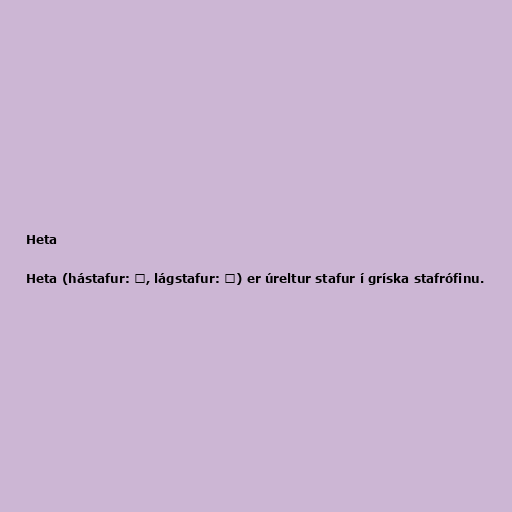
Heta

Heta (hástafur: Ͱ, lágstafur: ͱ) er úreltur stafur í gríska stafrófinu.